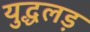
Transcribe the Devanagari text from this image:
युद्धलड़